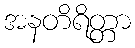
အနတိရိတ္တာ